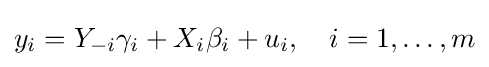
y_{i}=Y_{-i}\gamma _{i}+X_{i}\beta _{i}+u_{i},\quad i=1,\ldots ,m